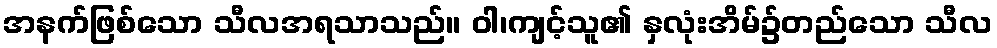
အနက်ဖြစ်သော သီလအရသာသည်။ ဝါ၊ကျင့်သူ၏ နှလုံးအိမ်၌တည်သော သီလ